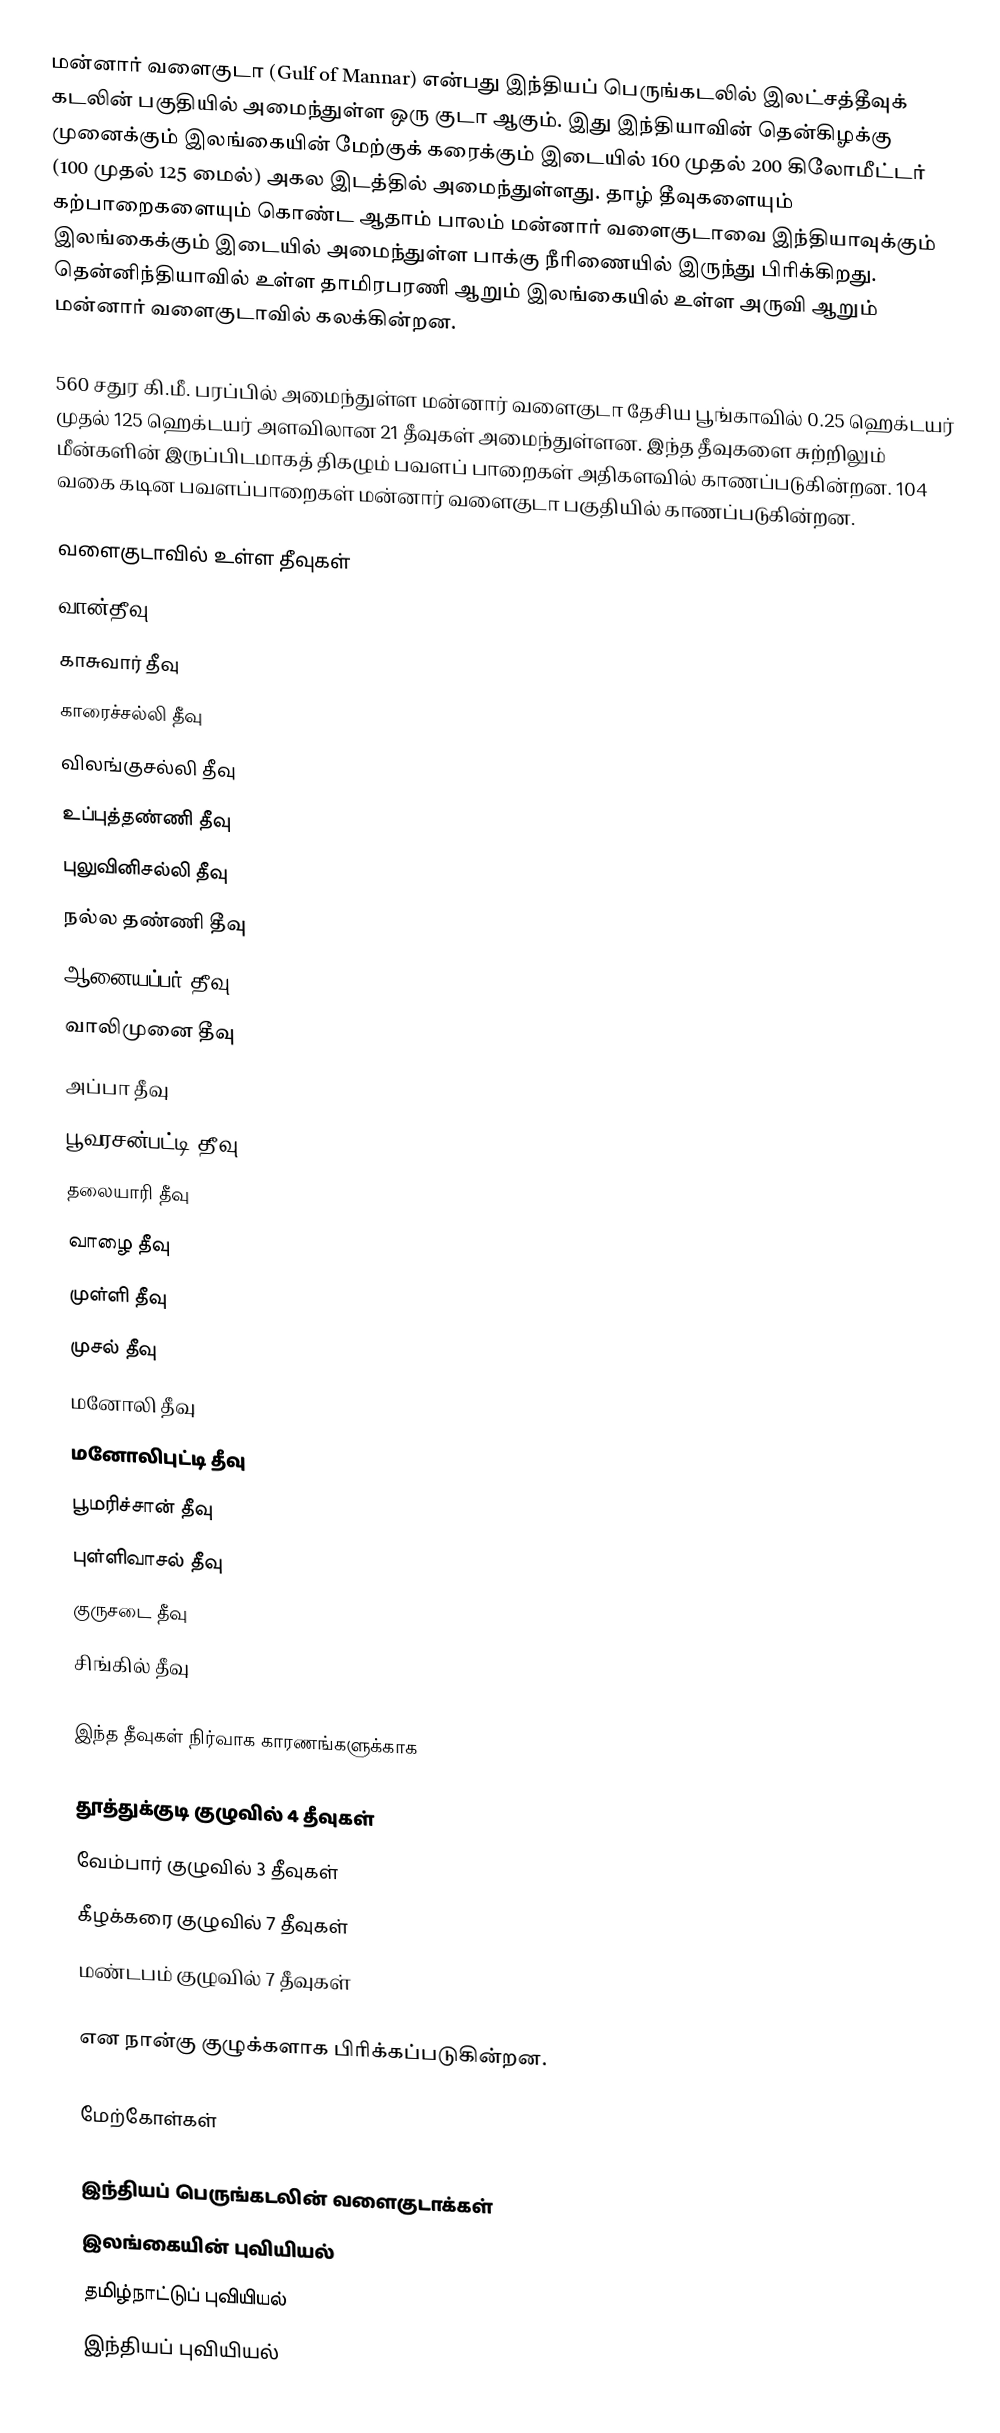
மன்னார் வளைகுடா (Gulf of Mannar) என்பது இந்தியப் பெருங்கடலில் இலட்சத்தீவுக் கடலின் பகுதியில் அமைந்துள்ள ஒரு குடா ஆகும். இது இந்தியாவின் தென்கிழக்கு முனைக்கும் இலங்கையின் மேற்குக் கரைக்கும் இடையில் 160 முதல் 200 கிலோமீட்டர் (100 முதல் 125 மைல்) அகல இடத்தில் அமைந்துள்ளது. தாழ் தீவுகளையும் கற்பாறைகளையும் கொண்ட ஆதாம் பாலம் மன்னார் வளைகுடாவை இந்தியாவுக்கும் இலங்கைக்கும் இடையில் அமைந்துள்ள பாக்கு நீரிணையில் இருந்து பிரிக்கிறது. தென்னிந்தியாவில் உள்ள தாமிரபரணி ஆறும் இலங்கையில் உள்ள அருவி ஆறும் மன்னார் வளைகுடாவில் கலக்கின்றன.

560 சதுர கி.மீ. பரப்பில் அமைந்துள்ள மன்னார் வளைகுடா தேசிய பூங்காவில் 0.25 ஹெக்டயர் முதல் 125 ஹெக்டயர் அளவிலான 21 தீவுகள் அமைந்துள்ளன. இந்த தீவுகளை சுற்றிலும் மீன்களின் இருப்பிடமாகத் திகழும் பவளப் பாறைகள் அதிகளவில் காணப்படுகின்றன. 104 வகை கடின பவளப்பாறைகள் மன்னார் வளைகுடா பகுதியில் காணப்படுகின்றன.

வளைகுடாவில் உள்ள தீவுகள்
 வான்தீவு
 காசுவார் தீவு
 காரைச்சல்லி தீவு
 விலங்குசல்லி தீவு
 உப்புத்தண்ணி தீவு
 புலுவினிசல்லி தீவு
 நல்ல தண்ணி தீவு
 ஆனையப்பர் தீவு
 வாலிமுனை தீவு
 அப்பா தீவு
 பூவரசன்பட்டி தீவு
 தலையாரி தீவு
 வாழை தீவு
 முள்ளி தீவு
 முசல் தீவு
 மனோலி தீவு
 மனோலிபுட்டி தீவு
 பூமரிச்சான் தீவு
 புள்ளிவாசல் தீவு
 குருசடை தீவு
 சிங்கில் தீவு

இந்த தீவுகள் நிர்வாக காரணங்களுக்காக

 தூத்துக்குடி குழுவில் 4 தீவுகள்
 வேம்பார் குழுவில் 3 தீவுகள்
 கீழக்கரை குழுவில் 7 தீவுகள்
 மண்டபம் குழுவில் 7 தீவுகள்

என நான்கு குழுக்களாக பிரிக்கப்படுகின்றன.

மேற்கோள்கள்

இந்தியப் பெருங்கடலின் வளைகுடாக்கள்
இலங்கையின் புவியியல்
தமிழ்நாட்டுப் புவியியல்
இந்தியப் புவியியல்